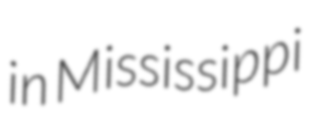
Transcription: in Mississippi